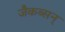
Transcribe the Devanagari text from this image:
जैकब्सन्